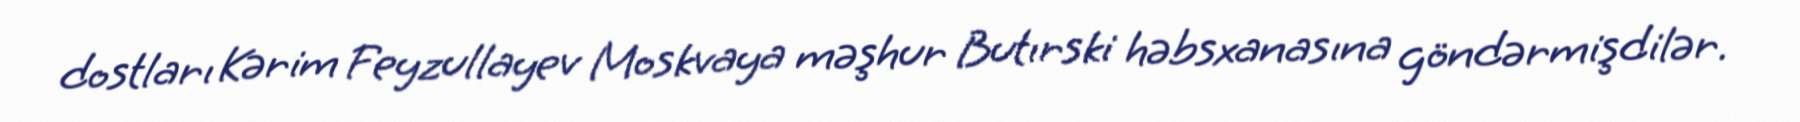
dostları Kərim Feyzullayev Moskvaya məşhur Butırski həbsxanasına göndərmişdilər.